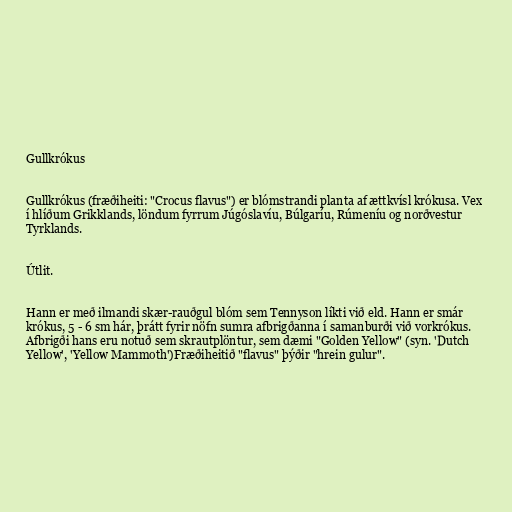
Gullkrókus

Gullkrókus (fræðiheiti: "Crocus flavus") er blómstrandi planta af ættkvísl krókusa. Vex
í hlíðum Grikklands, löndum fyrrum Júgóslavíu, Búlgaríu, Rúmeníu og norðvestur
Tyrklands.

Útlit.

Hann er með ilmandi skær-rauðgul blóm sem Tennyson líkti við eld. Hann er smár
krókus, 5 - 6 sm hár, þrátt fyrir nöfn sumra afbrigðanna í samanburði við vorkrókus.
Afbrigði hans eru notuð sem skrautplöntur, sem dæmi "Golden Yellow" (syn. 'Dutch
Yellow', 'Yellow Mammoth')Fræðiheitið "flavus" þýðir "hrein gulur".